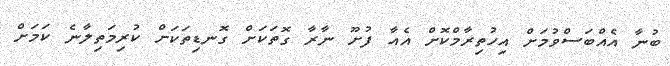
ބުނާ އެއްބަސްވުމަށް އިހުތިރާމްކޮށް އެއާ ފުށޫ ނާރާ ގޮތަކަށް ގޮނޑިތަކަށް ކުރިމަތިލާނެ ކަމަށް